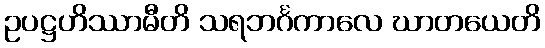
ဥပဋ္ဌဟိဿာမီတိ သရဘင်္ဂကာလေ ဃာတယေတိ